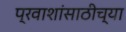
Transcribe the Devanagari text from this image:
प्रवाशांसाठीच्या